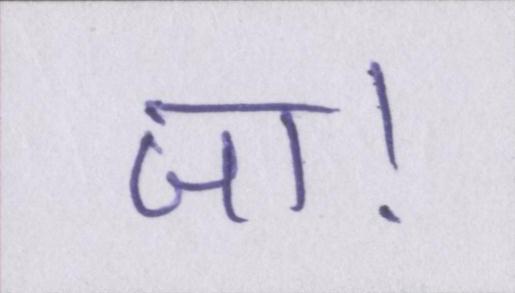
जा।